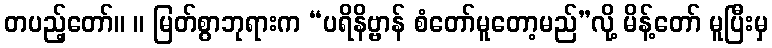
တပည့်တော်။ ။ မြတ်စွာဘုရားက “ပရိနိဗ္ဗာန် စံတော်မူတော့မည်”လို့ မိန့်တော် မူပြီးမှ